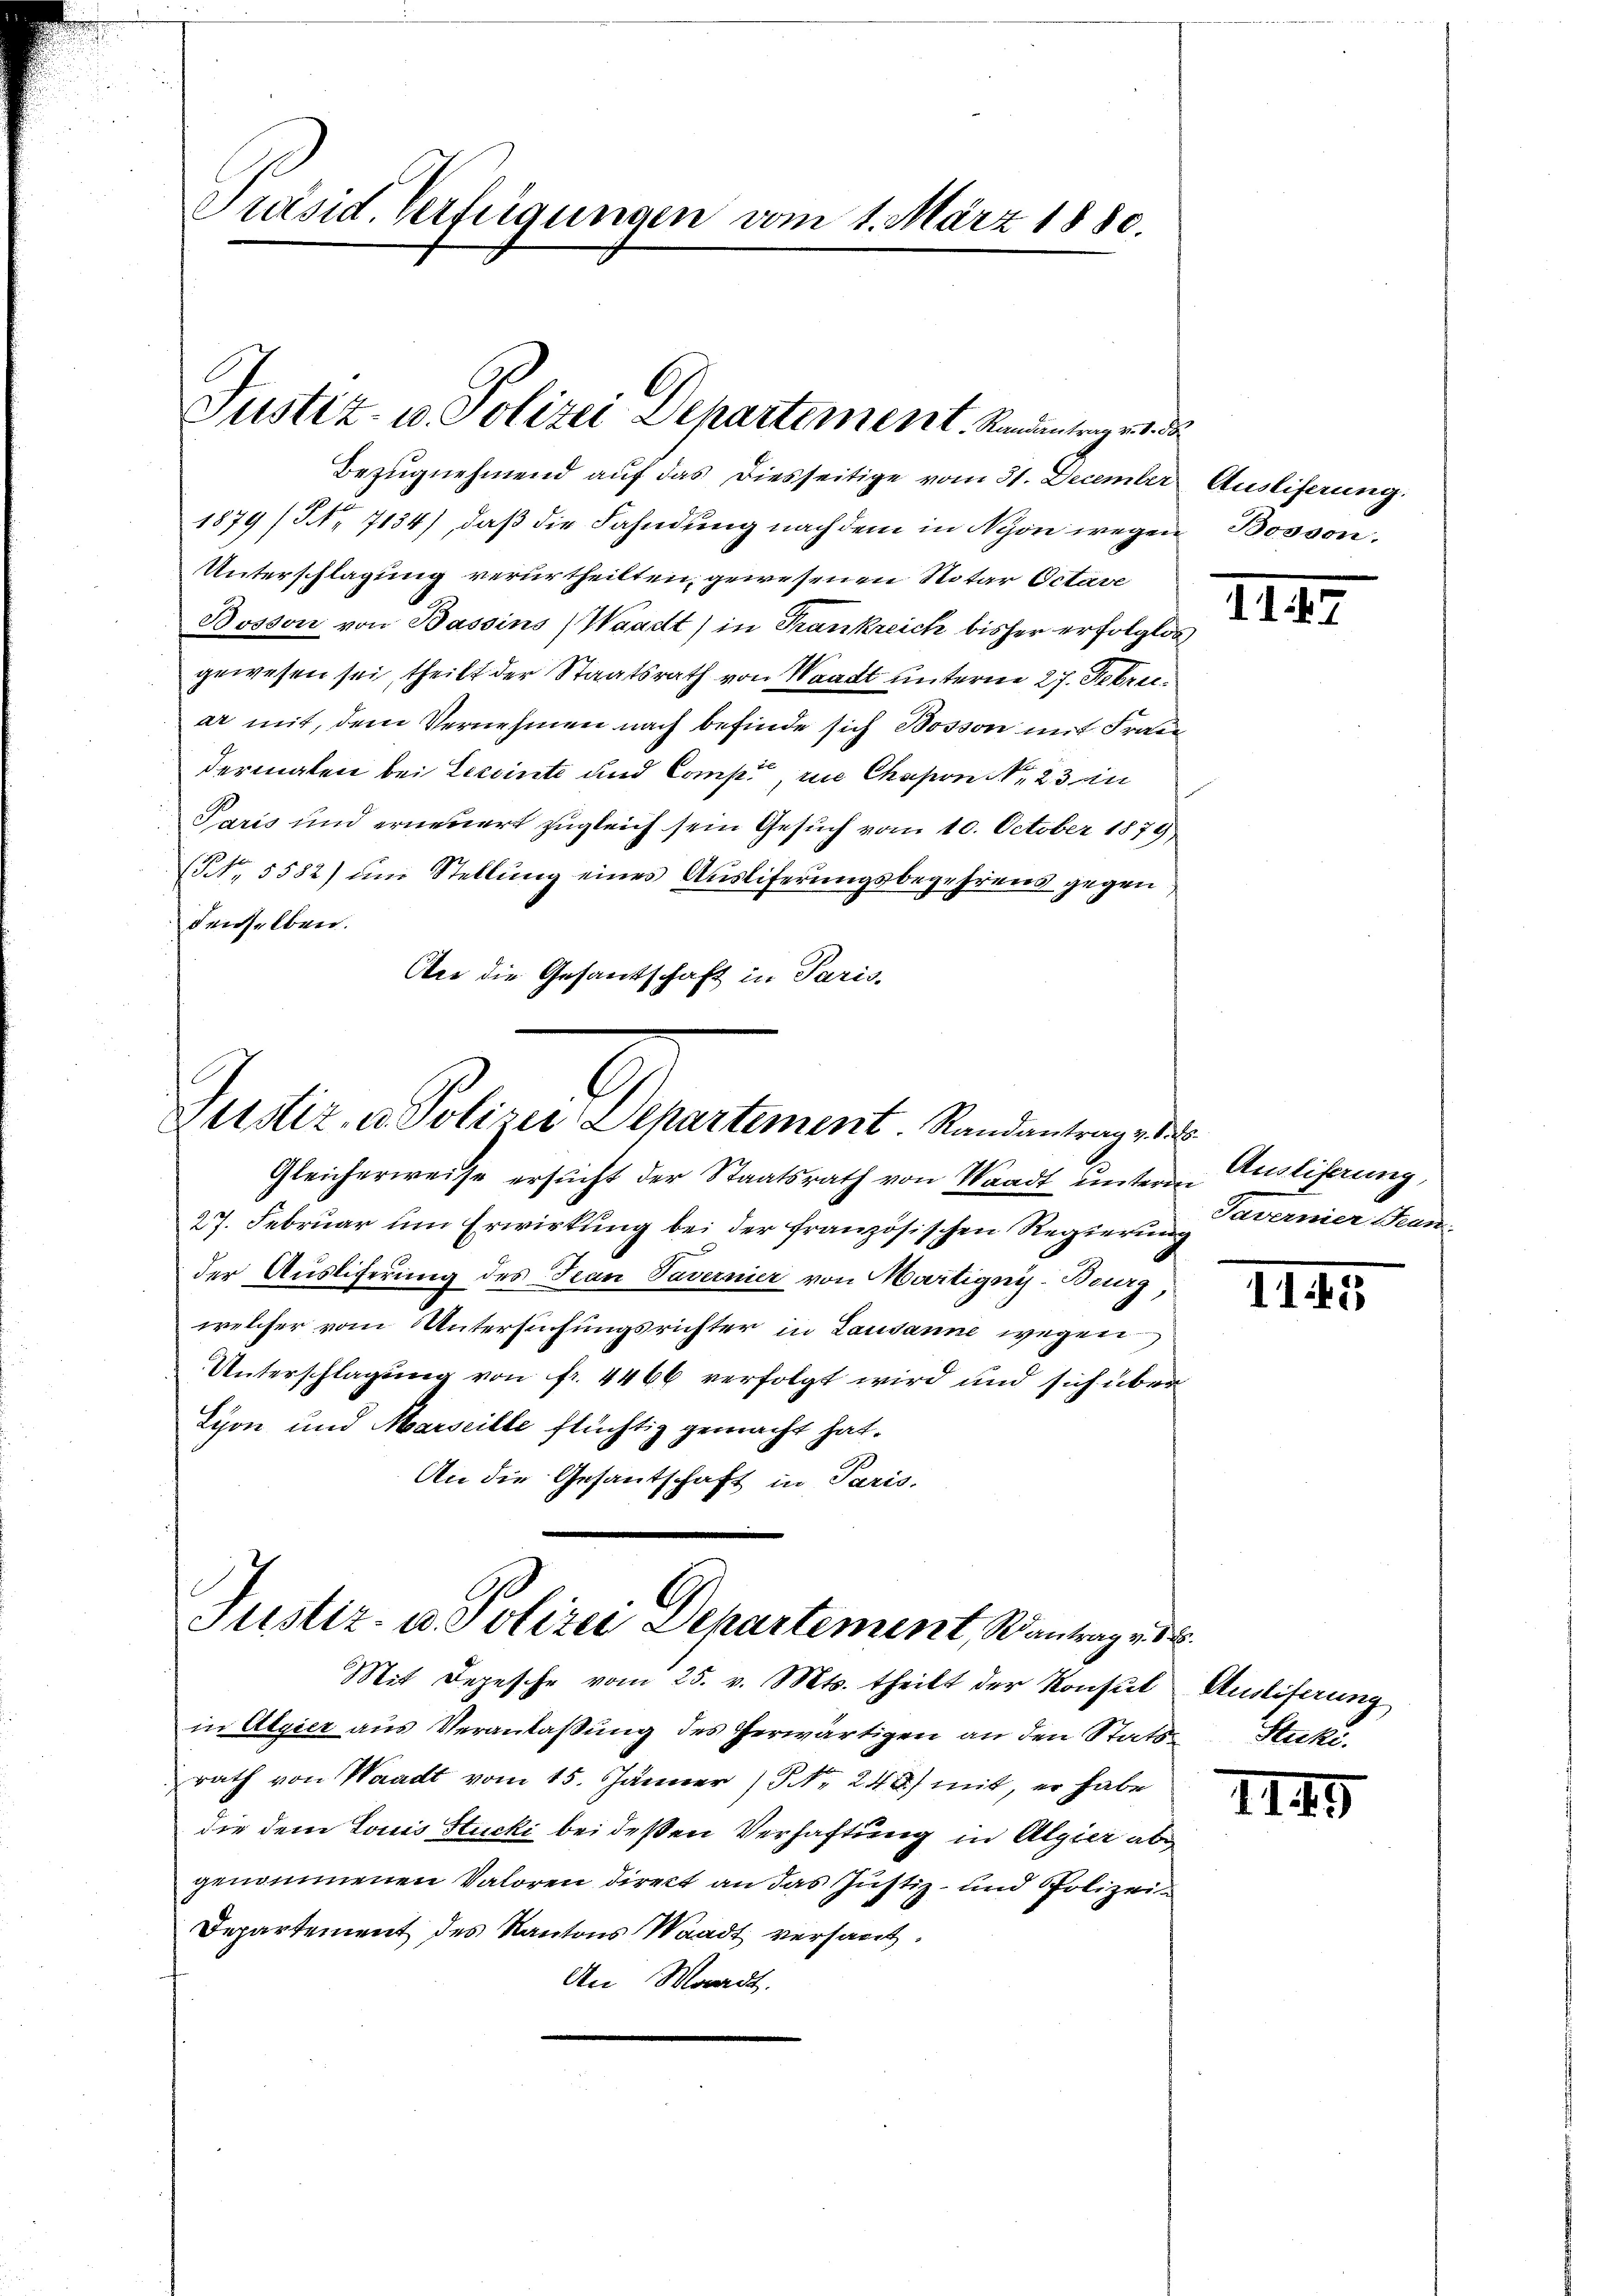
Präsid. Verfügungen vom 1. März 1880.

Justiz- u. Polizei Departement. Karunterges d

Bezugnehmend auf das Diesseitige vom 31. December Ausliferung.
1879 (Nr. 7134) daß die Fahndung nach dem in Nyon wegen Bosson.
Unterschlagung verurtheilten, gewesenen Notar Octave
Bosson von Bassins (Waadt in Krankreich bisher erf
gewesen sei, theilt der Staatsrath von Waadt unterne 27. Febru
er mit, dem Vernehmen nach befinde sich Bosson mit Frau
dermalen bei Lexeinte und Compt, in Chapon , 23 in
Paris und erneuert zugleich sein Gesuch vom 10. October 1879
(NNo. 5582) um Stellung eines Ausliferungsbegehrens gegen
denselben.
Aie die Gesandschaft in Paris,

Zustiz- u. Polizei Departement Randantrage 1

Justiz- u. Polizei Departement, Santag d

Gleicherweise ersŭcht der Staatsrath von Waadt unterm Ausliferung,
27. Februar um Erwirkung bei der französischen Regierung
der Ausliferung des Jean Tavernier von Martigny-Burg
welcher vom Untersuchungsrichter in Lausanne wegen
Unterschlagung von fr. 4466 verfolgt wird und sich über
Lyon und Marseille flüchtig gemacht hat.
An die Gesantschaft in Paris,

Mit Depesche vom 25. v. Mts. theilt der Konsul Ausliferung
in Algier aus Veranlaßung des herwärtigen an den Stats Stucki,
rath von Waadt vom 15. Jänner / NNo. 248) mit, er habe
die dem Louis Stucki bei deßen Verhaftung in Algier abgenommenen Valoren direkt an das Justiz- und Polizei¬
Departement des Kantons Waadt versagt.
An Moradt.

.
Tavernier San

1149